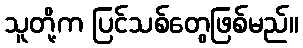
သူတို့က ပြင်သစ်တွေဖြစ်မည်။